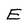
Character: E